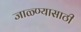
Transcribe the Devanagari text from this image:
जाळ्ण्यासाठी